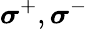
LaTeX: {\boldsymbol{\sigma}}^{+},{\boldsymbol{\sigma}}^{-}